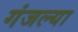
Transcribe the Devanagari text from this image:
गंजल्या